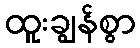
ထူးချွန်စွာ